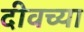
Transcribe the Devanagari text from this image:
दीवच्या